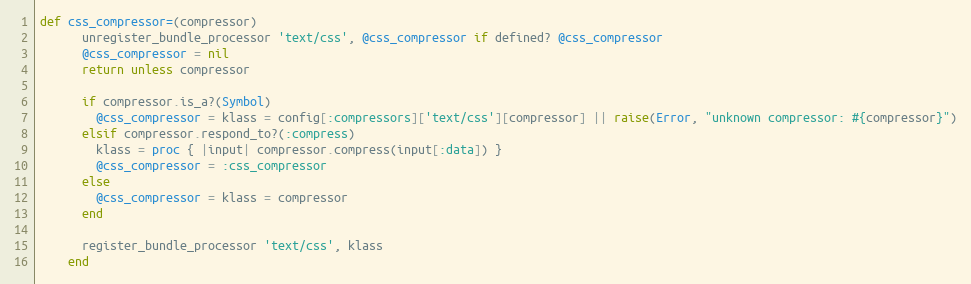
Language: Ruby
def css_compressor=(compressor)
      unregister_bundle_processor 'text/css', @css_compressor if defined? @css_compressor
      @css_compressor = nil
      return unless compressor

      if compressor.is_a?(Symbol)
        @css_compressor = klass = config[:compressors]['text/css'][compressor] || raise(Error, "unknown compressor: #{compressor}")
      elsif compressor.respond_to?(:compress)
        klass = proc { |input| compressor.compress(input[:data]) }
        @css_compressor = :css_compressor
      else
        @css_compressor = klass = compressor
      end

      register_bundle_processor 'text/css', klass
    end